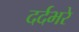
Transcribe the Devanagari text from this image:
दर्दभरे